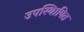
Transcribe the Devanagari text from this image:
उपस्थिापित